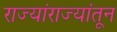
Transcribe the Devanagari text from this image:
राज्यांराज्यांतून